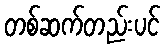
တစ်ဆက်တည်းပင်